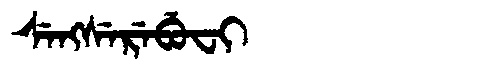
Manchu: ᠰᡝᠩᠰᡝᡵᡝᠪᡠᠸᡳ
Romanization: SENGSEREBUFI